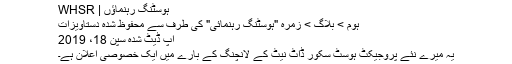
ہوسٹنگ رہنماؤں | WHSR
ہوم > بلاگ > زمرہ "ہوسٹنگ رہنمائی" کی طرف سے محفوظ شدہ دستاویزات
اپ ڈیٹ شدہ سپن 18، 2019
یہ میرے نئے پروجیکٹ ہوسٹ سکور ڈاٹ نیٹ کے لانچنگ کے بارے میں ایک خصوصی اعلان ہے۔